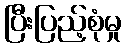
ပြီးပြည့်စုံမှု